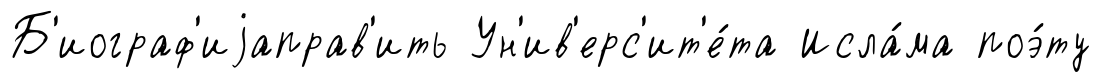
Б'иограф'иjаправ'ить Ун'ив'ерс'ит'е́та Исла́ма поэ́ту